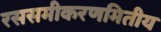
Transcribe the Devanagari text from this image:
रससमीकरणमितीय